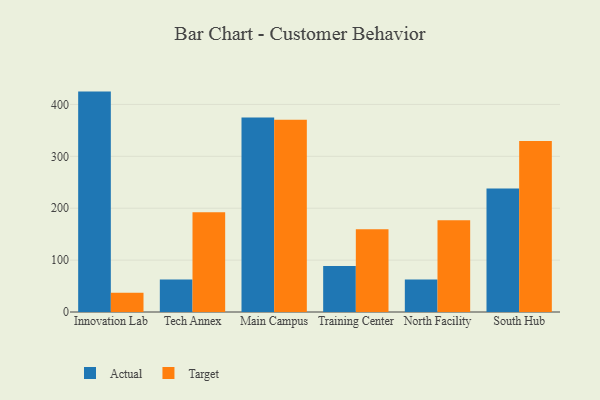
{"axis": {"x": "Campus", "y": "Customer Acquisition Cost (USD)"}, "legend": ["Actual", "Target"], "data": [{"x": "Innovation Lab", "y": 424.7, "type": "Actual"}, {"x": "Innovation Lab", "y": 37.2, "type": "Target"}, {"x": "Tech Annex", "y": 62.6, "type": "Actual"}, {"x": "Tech Annex", "y": 192.4, "type": "Target"}, {"x": "Main Campus", "y": 374.9, "type": "Actual"}, {"x": "Main Campus", "y": 370.4, "type": "Target"}, {"x": "Training Center", "y": 88.7, "type": "Actual"}, {"x": "Training Center", "y": 159.4, "type": "Target"}, {"x": "North Facility", "y": 62.6, "type": "Actual"}, {"x": "North Facility", "y": 176.7, "type": "Target"}, {"x": "South Hub", "y": 238.1, "type": "Actual"}, {"x": "South Hub", "y": 329.5, "type": "Target"}]}